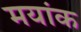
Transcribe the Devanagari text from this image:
मयांक